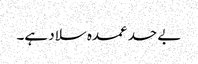
بے حد عمدہ سلاد ہے۔